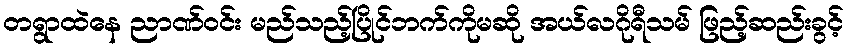
တရွာထဲနေ ညာဏ်ဝင်း မည်သည့်ပြိုင်ဘက်ကိုမဆို အယ်လဂိုရီသမ် ဖြည့်ဆည်းခွင့်